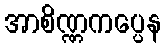
အာစိဏ္ဏကပ္ပေန